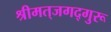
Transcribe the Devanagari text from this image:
श्रीमत्‌जगद्गुरू